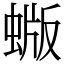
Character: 蝂